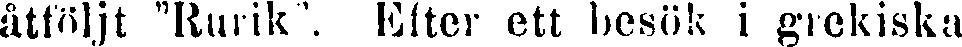
åtföljt "Rurik'. Efter ett besök i grekiska